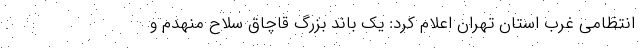
انتظامی غرب استان تهران اعلام کرد: یک باند بزرگ قاچاق سلاح منهدم و